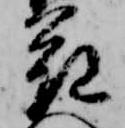
花